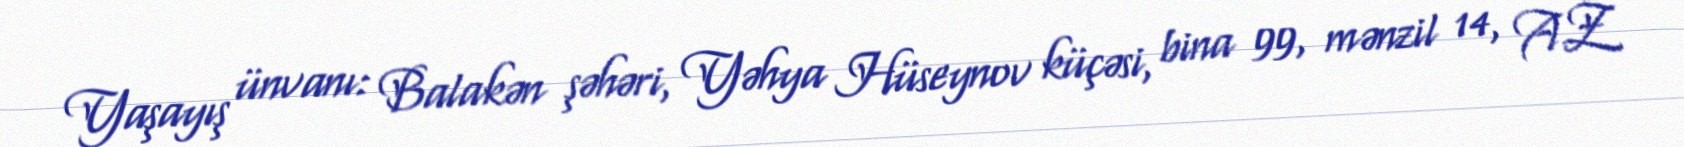
Yaşayış ünvanı: Balakən şəhəri, Yəhya Hüseynov küçəsi, bina 99, mənzil 14, AZ